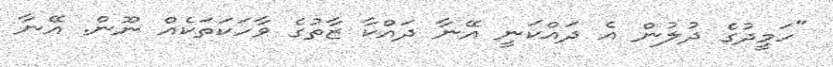
"ހަމީދުގެ ދުލުން އެ ދައްކަނީ އޭނާ ދައްކާ ޒާތުގެ ވާހަކަތަކެއް ނޫން. އޭނާ